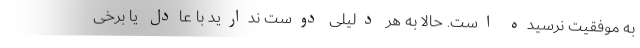
به موفقیت نرسیده است. حالا به هر دلیلی دوست ندارید با عادل یا برخی